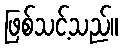
ဖြစ်သင့်သည်။